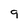
Character: 9